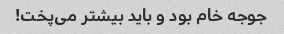
جوجه خام بود و باید بیشتر می‌پخت!